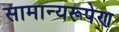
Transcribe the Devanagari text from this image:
सामान्यरूपेण